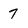
Character: 7